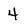
Character: 4